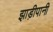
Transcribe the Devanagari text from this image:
झाड़ीपानी